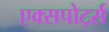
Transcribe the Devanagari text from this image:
एक्सपोर्ट्स